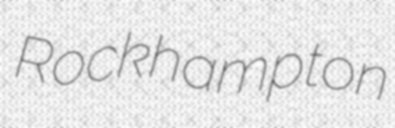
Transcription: Rockhampton